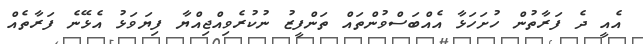
އެއީ ދެ ފަރާތުން ހުށަހަޅާ އެއްބަސްވުންތައް ތަންފީޒު ނުކުރެވިއްޖިއްޔާ ފިޔަވަޅު އެޅޭނެ ފަރާތެއް